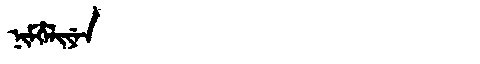
Manchu: ᠨᡳᠮᡥᡝᠯᡳᠶᡝᠨ
Romanization: NIMHELIYEN